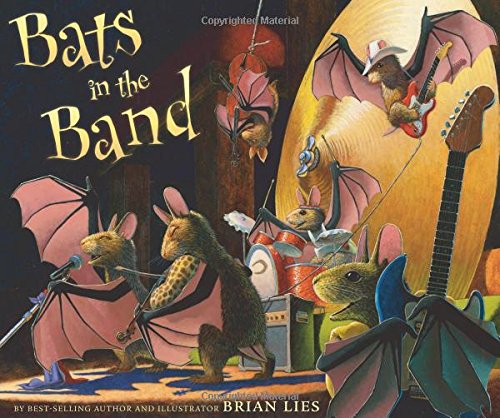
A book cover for Bats in the Band (A Bat Book); Brian Lies; Children's Books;